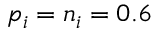
p _ { i } = n _ { i } = 0 . 6